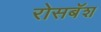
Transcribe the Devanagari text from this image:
रोसबॅश